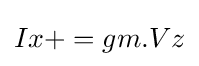
Ix+=gm.Vz